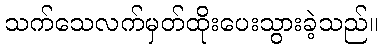
သက်သေလက်မှတ်ထိုးပေးသွားခဲ့သည်။